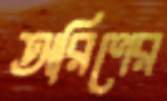
অরিণের